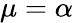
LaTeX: \mu=\alpha